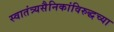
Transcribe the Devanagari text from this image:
स्वातंत्र्यसैनिकांविरुद्धच्या